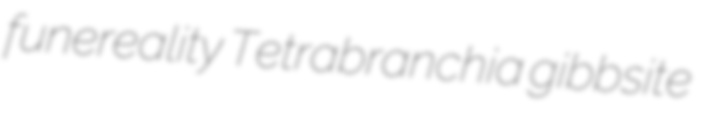
funereality Tetrabranchia gibbsite